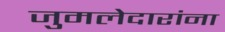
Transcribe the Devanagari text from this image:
जुमलेदारांना